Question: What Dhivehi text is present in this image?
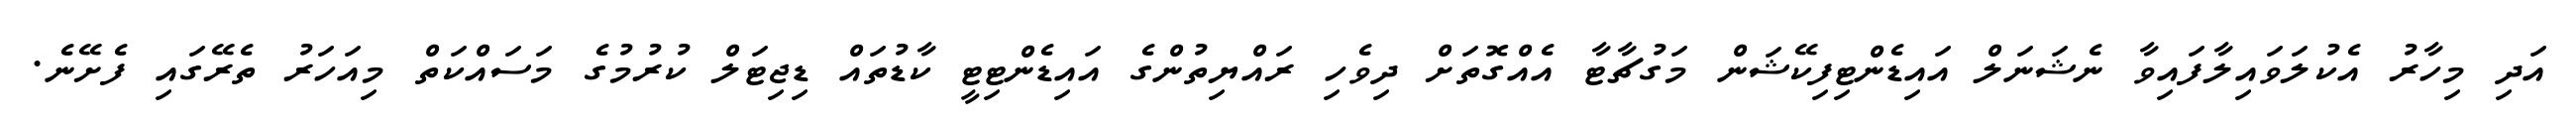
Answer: އަދި މިހާރު އެކުލަވައިލާފައިވާ ނެޝަނަލް އައިޑެންޓިފިކޭޝަން މަގުޗާޓާ އެއްގޮތަށް ދިވެހި ރައްޔިތުންގެ އައިޑެންޓިޓީ ކާޑުތައް ޑިޖިޓަލް ކުރުމުގެ މަސައްކަތް މިއަހަރު ތެރޭގައި ފެށޭނެ.